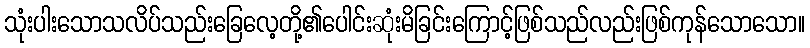
သုံးပါးသောသလိပ်သည်းခြေလေ့တို့၏ပေါင်းဆုံးမိခြင်းကြောင့်ဖြစ်သည်လည်းဖြစ်ကုန်သောသော။